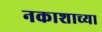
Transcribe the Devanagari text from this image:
नकाशाच्या